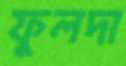
ফুলদা